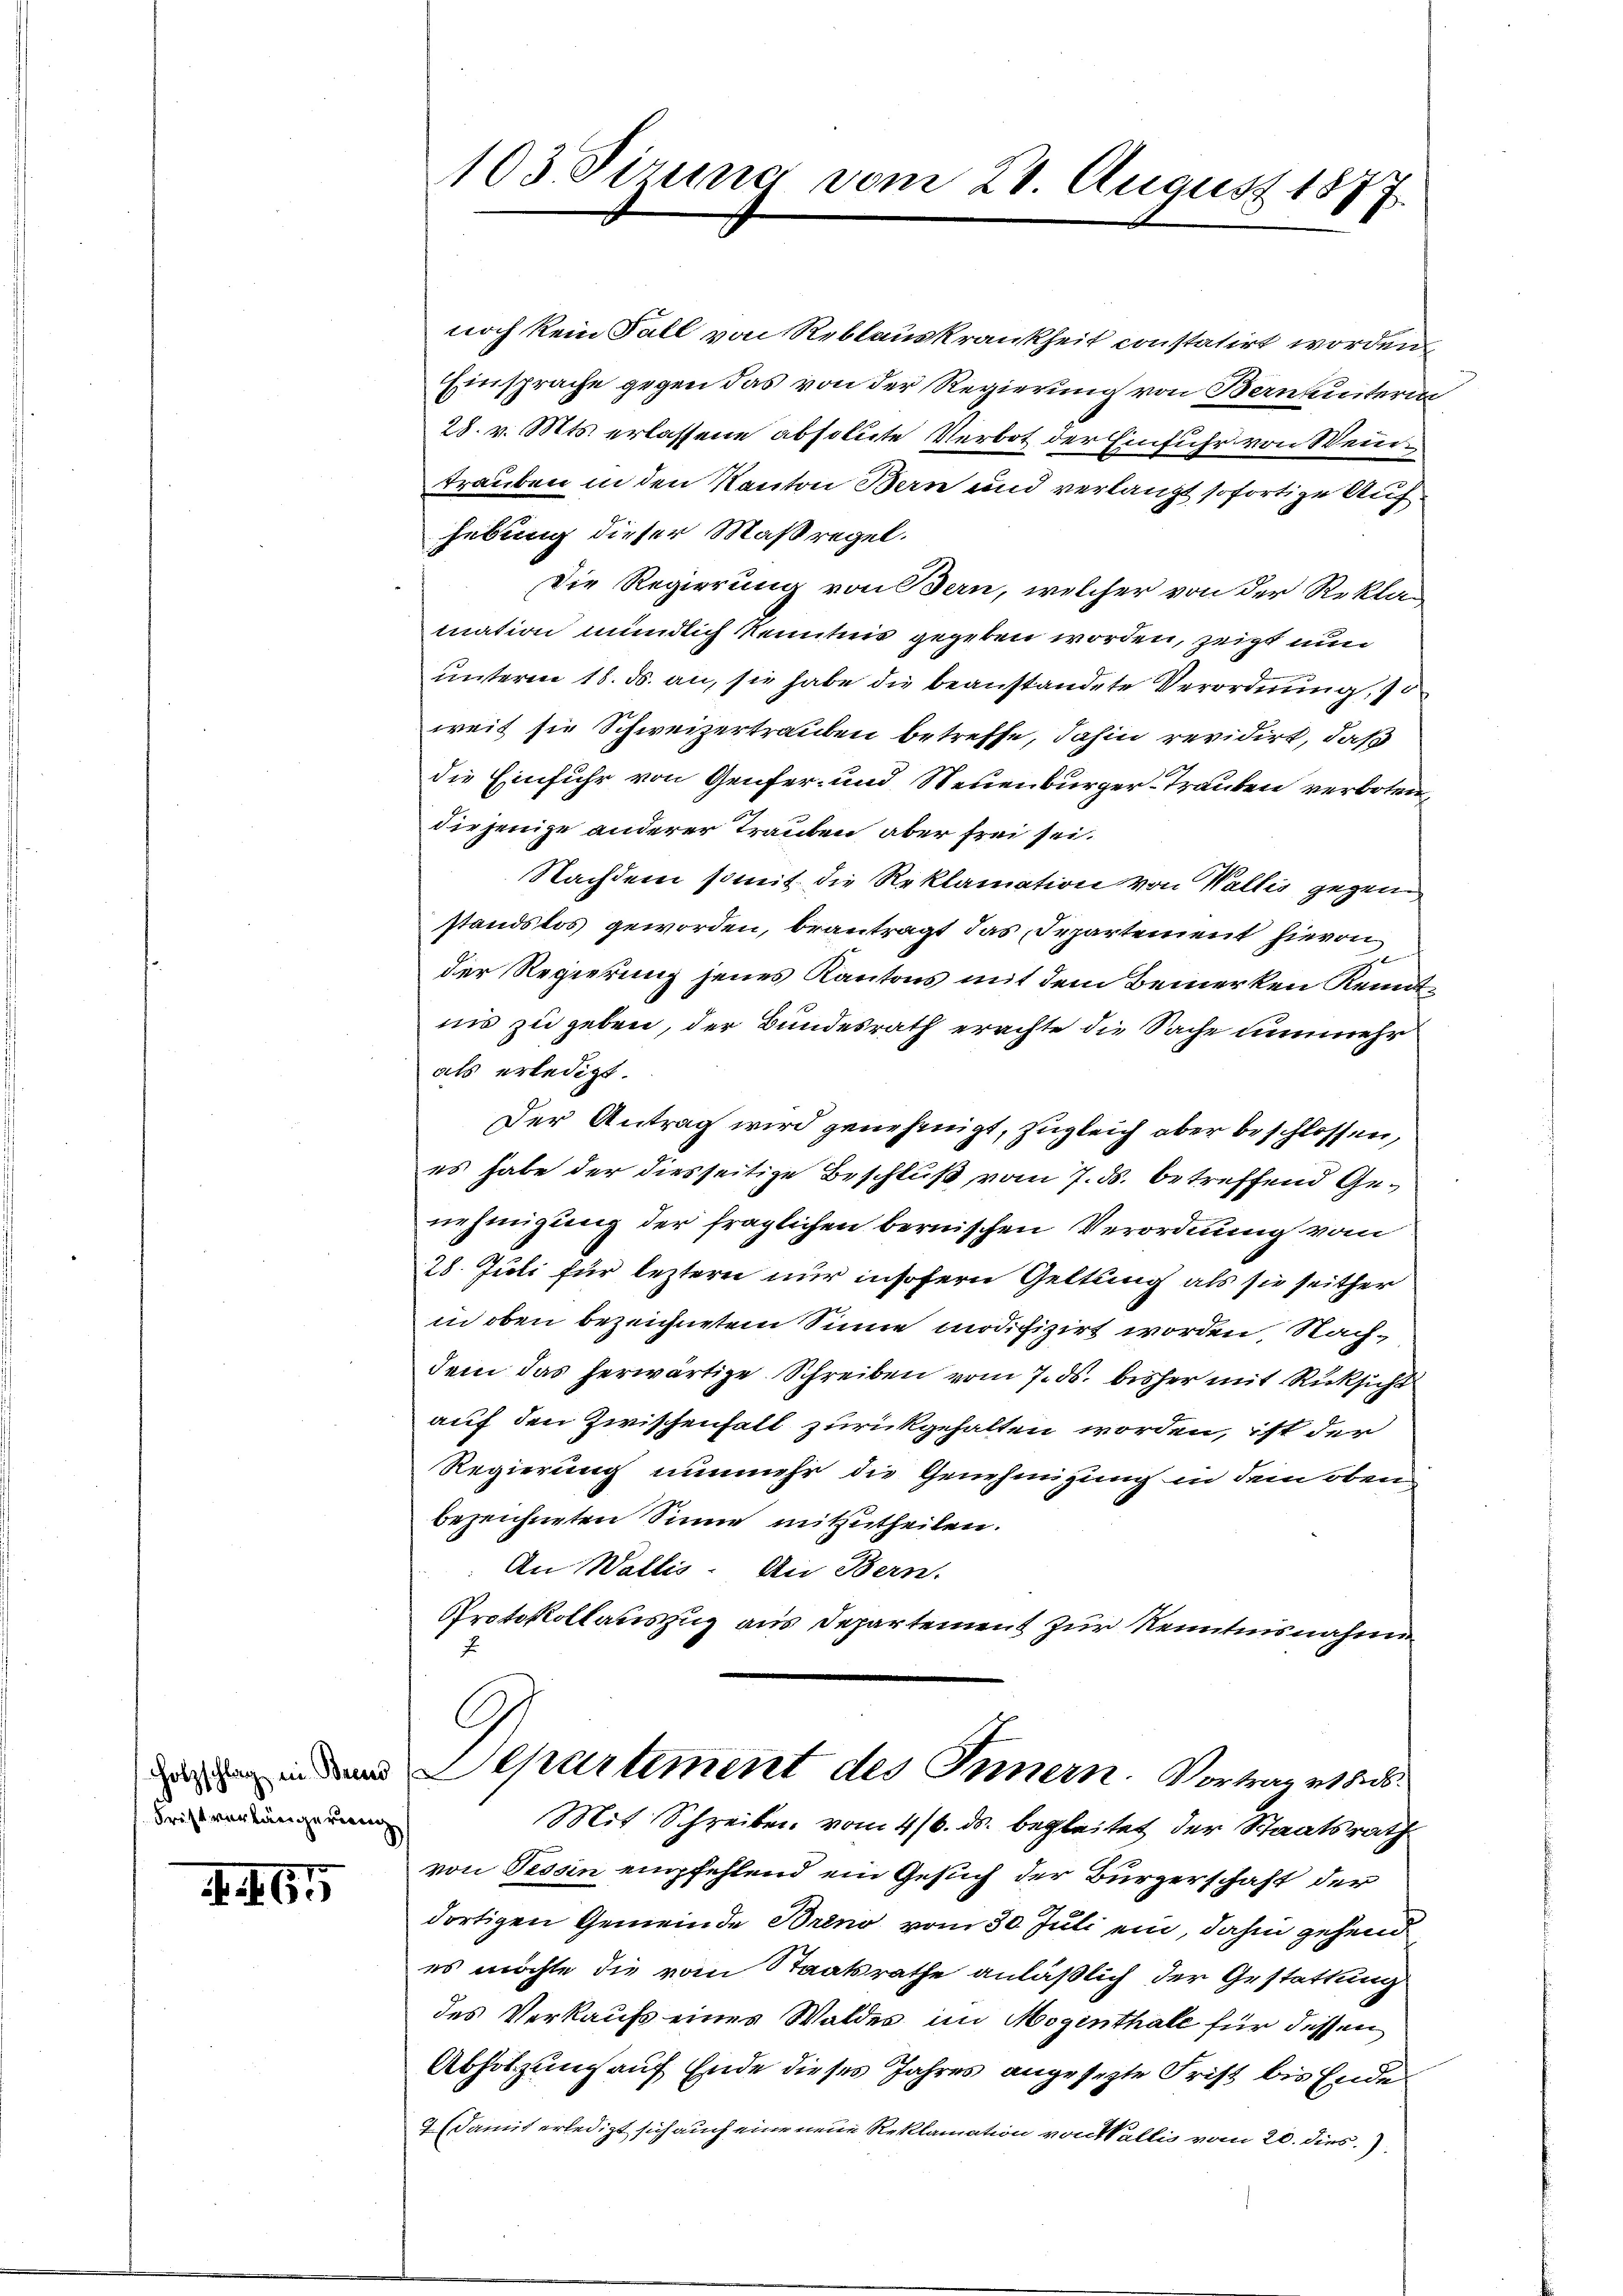
Holzschlag in Beend
Fristverlängerung

. 165

noch kein Fall von Reblauskrankheit constatirt worden
Einsprache gegen das von der Regierung von Berneinteri
28. v. Mts. erlassene absolute Verbot der Einfuhr von Wein
trauben in den Kanton Bern und verlangt sofortige Aufhebung dieser Maßregel.
Die Regierung von Bern, welcher von der Rekla-
mation mündlich kenntnis gegeben worden, zeigt nun
unterm 16. ds. an, sie habe die beanstandete Verordnung, so
weit sie Schweizertrauben betreffe, dahin revidirt, daß
die Einfuhr von Genfer- und Neuenburger-Trauben verboten,
die jenige anderer Trauben aber frei sei.
Nachdem somit die Reklamation von Wallis gegen
standslos geworden, beantragt das Departement hievon
der Regierung jenes Kantons mit dem Bemerken Kenntnis zu geben, der Bundesrath erachte die Sache nunmehr
als erledigt.
Der Antrag wird genehmigt, zugleich aber beschlossen,
es habe der diesseitige Beschluß vom 7. ds. betreffend Genehmigung der fraglichen bernischen Verordnung vom
28. Juli für leztern nur insofern Geltung als sie seither
in oben bezeichnetem Sinne modifizirt worden, Nachdem das herwärtige Schreiben vom 7. ds. bisher mit Rücksicht
auf den Zwischenhalt zurückgehalten worden, ist der
Regierung nunmehr die Genehmigung in dem oben
bezeichneten Sinne mitzutheilen.
An Wallis. An Bern.
Protokollauszug aus Departement zur Kenntnisnahme
J

103 Virung vom 21. August 1877

G
Departement des Innern. Vortrag erbes¬
Mit Schreiben vom 4/6. ds. begleitet der Staatsrath

von Tessin empfehlend ein Gesuch der Bürgerschaft der
dortigen Gemeinde Breno vom 30. Juli ein, dahin gehend
es möchte die vom Staatsrathe anläßlich der Gestattung
des Verkaufs eines Waldes im Mogenthale für dessen
Abhölzung auf Ende dieses Jahres angesezte Frist bis Ende
7 (damit erledigt sich auch eine neue Reklamation von Wallis vom 20. dies